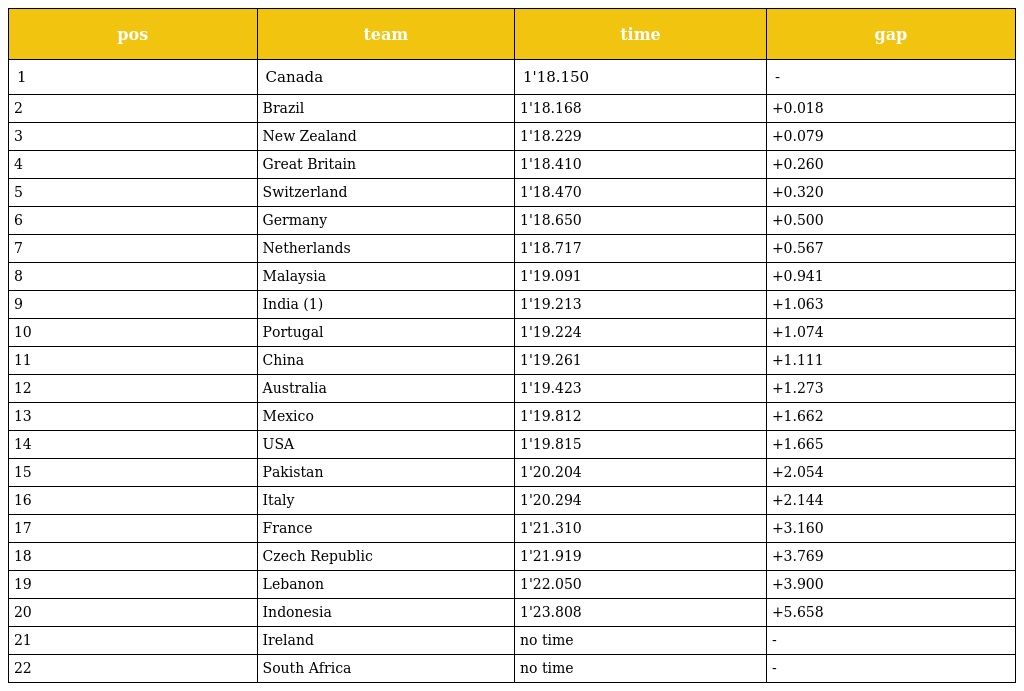
| pos | team | time | gap |
 | --- | --- | --- | --- |
 | 1 | Canada | 1'18.150 | - |
 | 2 | Brazil | 1'18.168 | +0.018 |
 | 3 | New Zealand | 1'18.229 | +0.079 |
 | 4 | Great Britain | 1'18.410 | +0.260 |
 | 5 | Switzerland | 1'18.470 | +0.320 |
 | 6 | Germany | 1'18.650 | +0.500 |
 | 7 | Netherlands | 1'18.717 | +0.567 |
 | 8 | Malaysia | 1'19.091 | +0.941 |
 | 9 | India (1) | 1'19.213 | +1.063 |
 | 10 | Portugal | 1'19.224 | +1.074 |
 | 11 | China | 1'19.261 | +1.111 |
 | 12 | Australia | 1'19.423 | +1.273 |
 | 13 | Mexico | 1'19.812 | +1.662 |
 | 14 | USA | 1'19.815 | +1.665 |
 | 15 | Pakistan | 1'20.204 | +2.054 |
 | 16 | Italy | 1'20.294 | +2.144 |
 | 17 | France | 1'21.310 | +3.160 |
 | 18 | Czech Republic | 1'21.919 | +3.769 |
 | 19 | Lebanon | 1'22.050 | +3.900 |
 | 20 | Indonesia | 1'23.808 | +5.658 |
 | 21 | Ireland | no time | - |
 | 22 | South Africa | no time | - |